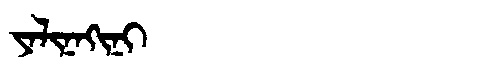
Manchu: ᠶᠠᠯᡳᠨᠠᡴᡳᠨᡳ
Romanization: YALINAKINI